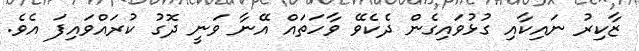
ޒާކިރު ނައިކާއި ގުޅުވައިގެން ދެކެވޭ ވާހަތައް އޭނާ ވަނީ ދޮގު ކުރައްވައިފަ އެވެ.